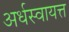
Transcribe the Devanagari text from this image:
अर्धस्वायत्त